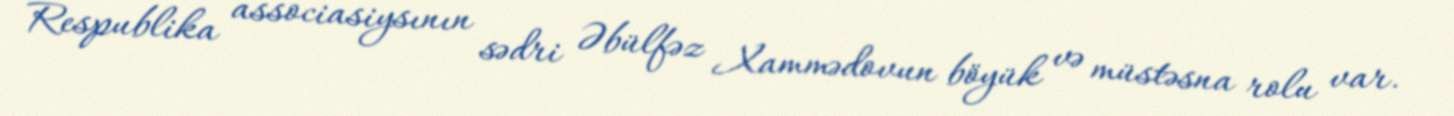
Respublika associasiysının sədri Əbülfəz Xammədovun böyük və müstəsna rolu var.